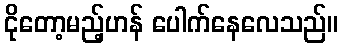
ငိုတော့မည့်ဟန် ပေါက်နေလေသည်။